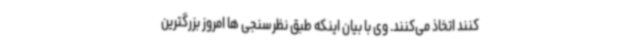
کنند اتخاذ می‌کنند. وی با بیان اینکه طبق نظرسنجی ها امروز بزرگترین